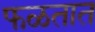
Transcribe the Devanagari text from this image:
फळतात